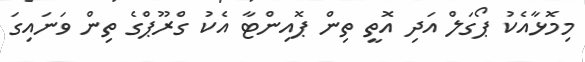
މިމޮޅާއެކު ޕޯގަލް އަދި އޮތީ ތިން ޕޮއިންޓާ އެކު ގްރޫޕްގެ ތިން ވަނައިގަ